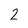
Character: 2